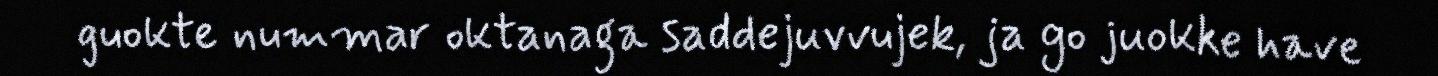
guokte nummar oktanaga saddejuvvujek, ja go juokke have